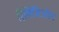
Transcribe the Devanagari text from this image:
रिलिजिओन